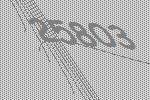
25803